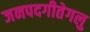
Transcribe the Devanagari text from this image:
जनपदगीतेगलु